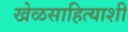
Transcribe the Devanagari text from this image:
खेळसाहित्याशी